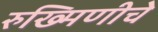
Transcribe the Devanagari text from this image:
रुख्मिणीचे